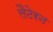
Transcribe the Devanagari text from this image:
लैटेरन